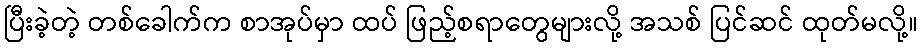
ပြီးခဲ့တဲ့ တစ်ခေါက်က စာအုပ်မှာ ထပ် ဖြည့်စရာတွေများလို့ အသစ် ပြင်ဆင် ထုတ်မလို့။